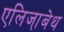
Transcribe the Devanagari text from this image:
एलिजा़बेथ